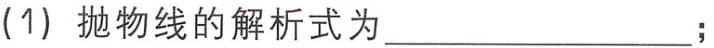
(1) 抛物线的解析式为  ；